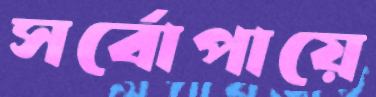
সর্বোপায়ে